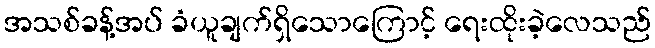
အသစ်ခန့်အပ် ခံယူချက်ရှိသောကြောင့် ရေးထိုးခဲ့လေသည်